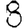
Digit: 8